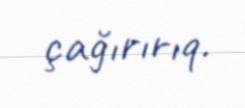
çağırırıq.